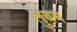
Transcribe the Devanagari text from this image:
लुबन